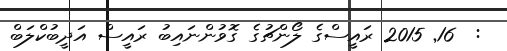
:  16